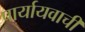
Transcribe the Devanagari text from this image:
पार्यायवाची